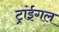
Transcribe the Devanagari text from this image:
ट्रांईगल